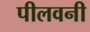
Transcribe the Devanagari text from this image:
पीलवनी